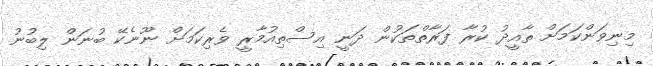
މިނިވަންކަމަށް ތާއީދު ކުރާ ފަރާތްތަކުން ދަނީ އިސްތިއުމާރީ ވެރިކަމަށް ނޫނެކޭ ބުނަން ލިބުނު